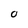
Character: O